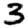
Digit: 3